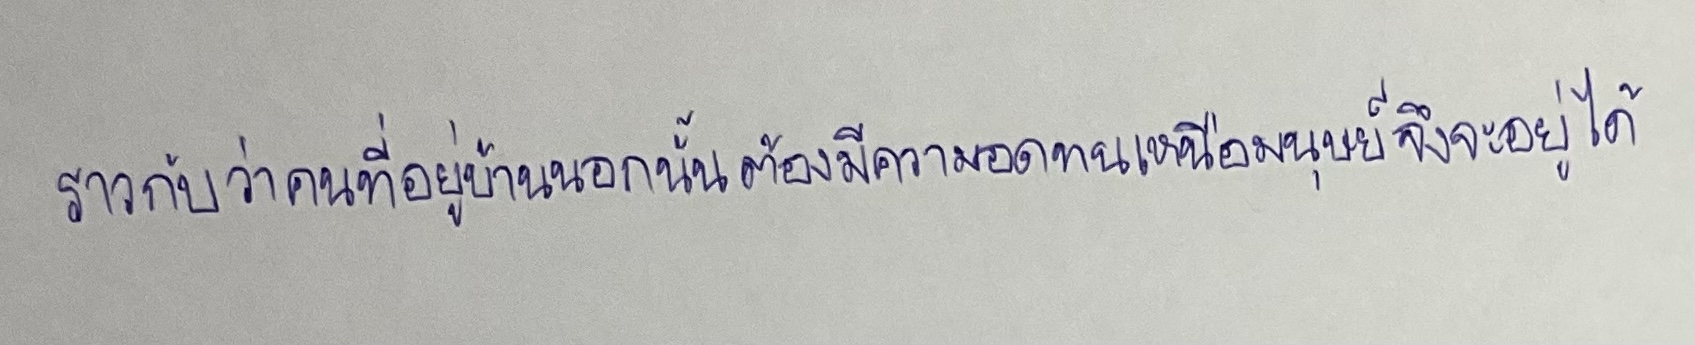
ราวกับว่าคนที่อยู่บ้านนอกนั้นต้องมีความอดทนเหนือมนุษย์จึงจะอยู่ได้